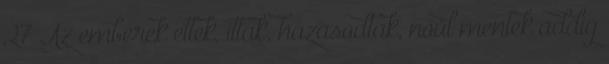
27 Az emberek ettek, ittak, házasodtak, nőül mentek addig